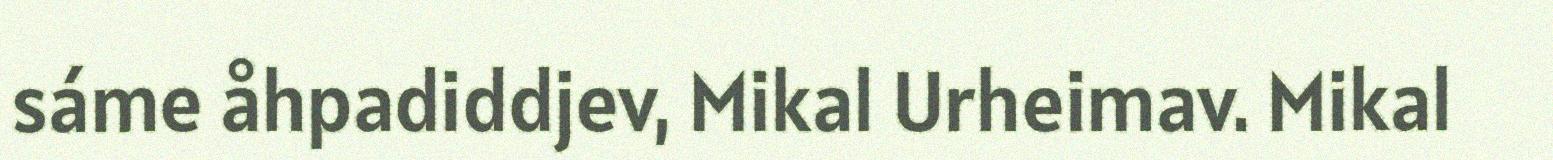
sáme åhpadiddjev, Mikal Urheimav. Mikal